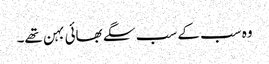
وہ سب کے سب سگے بھائی بہن تھے۔